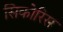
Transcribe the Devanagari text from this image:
सिकोरिस